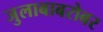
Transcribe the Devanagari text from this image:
जुलाबाबरोबर